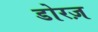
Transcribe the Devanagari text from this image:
डोरज़